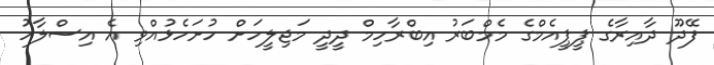
ފޭދޫ ދާއިރާގެ ޕީޕީއެމްގެ މެމްބަރު އިބްރާހިމް ދީދީ މަޖިލީހަށް ހުށަހެޅުއްވި އެ އިސްލާހު